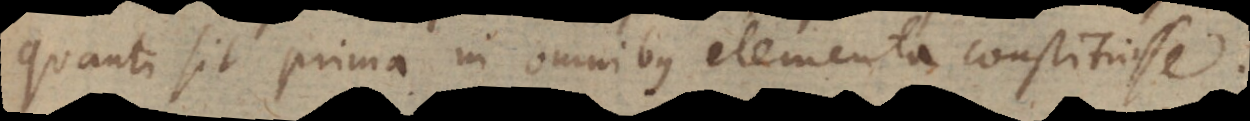
quanti sit prima in omnibus elementa constituisse.